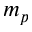
m _ { p }